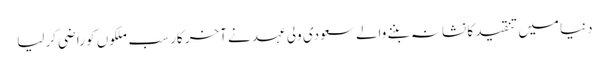
دنیا میں تنقید کا نشانہ بننے والے سعودی ولی عہد نے آخر کار سب ملکوں کو راضی کرلیا